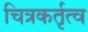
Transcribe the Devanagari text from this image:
चित्रकर्तृत्व